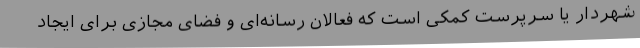
شهردار یا سرپرست کمکی است که فعالان رسانه‌ای و فضای مجازی برای ایجاد